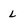
Character: l